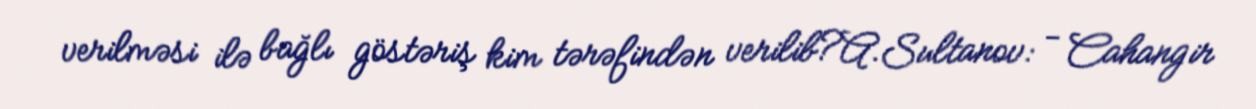
verilməsi ilə bağlı göstəriş kim tərəfindən verilib?A.Sultanov: - Cahangir